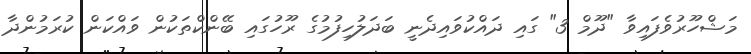
މަޝްހޫރުވެފައިވާ "ދޫމް 3" ގައި ދައްކުވައިދެނީ ބަދަލުހިފުމުގެ ރޫހުގައި ބޭންކްތަކުން ވައްކަން ކުރަމުންދާ